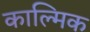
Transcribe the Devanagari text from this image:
काल्मिक